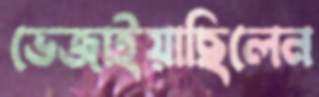
ভেজাইয়াছিলেন